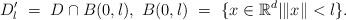
LaTeX: \begin{align*}D'_l \ = \ D \cap B(0, l), \ B(0, l) \ = \ \{ x \in \mathbb{R}^d| \|x \| < l \}.\end{align*}